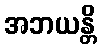
အဘယန္တိ